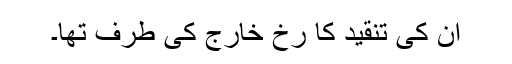
ان کی تنقید کا رخ خارج کی طرف تھا۔